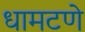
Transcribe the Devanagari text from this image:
धामटणे